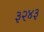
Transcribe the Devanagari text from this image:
३२४३